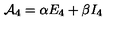
{ \cal A } _ { 4 } = \alpha E _ { 4 } + \beta I _ { 4 }